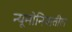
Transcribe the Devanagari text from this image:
न्यूमोनियातील